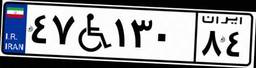
۸۵W۷۶۵۶۴